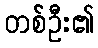
တစ်ဦး၏